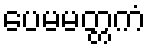
ပေမမတ္တကံ